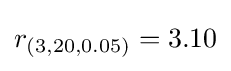
r_{(3,20,0.05)}=3.10